Lunatic asylums in Bengal annual reports 1912-1924 - 1912-1924
Year: 1912
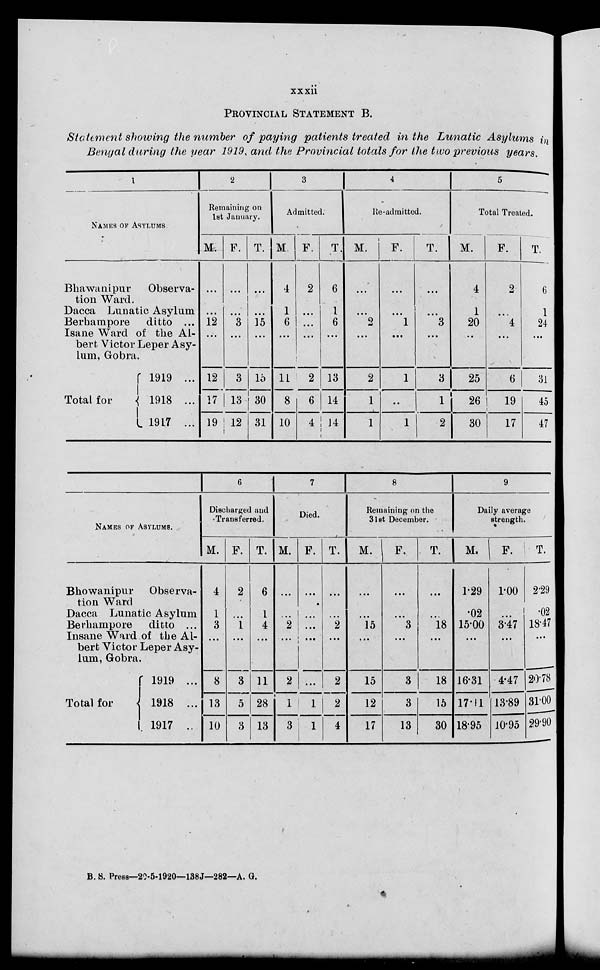
xxxii
PROVINCIAL STATEMENT B.
Statement showing the number of paying patients treated in the Lunatic Asylums in
Bengal during the year 1919, and the Provincial totals for the two previous years.
1
NAMES OF ASYLUMS
Bhawanipur
Observa-
tion Ward.
Dacca Lunatic Asylum
Berhampore
ditto ...
Isane Ward of the Al-
bert Victor Leper Asy-
lum, Gobra.
Total for
1919 ...
1918 ...
1917 ...
2
Remaining on
1st January.
M
...
...
12
...
12
17
19
F.
...
...
3
...
3
13
12
T.
...
...
15
...
15
30
31
3
Admitted.
M
4
1
6
...
11
8
10
F.
2
...
...
...
2
6
4
T.
6
1
6
...
13
14
14
4
Re-admitted.
M.
...
...
2
...
2
1
1
F.
...
...
1
...
1
...
1
T.
...
...
3
...
3
1
2
5
Total Treated.
M.
4
1
20
...
25
26
30
F.
2
...
4
...
6
19
17
T.
6
1
24
...
31
45
47
NAMES OF ASYLUMS.
Bbowanipur
Observa-
tion Ward
Dacca Lunatic Asylum
Berbampore
ditto ...
Insane Ward of the Al-
bert Victor Leper Asy-
lum, Gobra.
Total for
1919 ...
1918 ...
1917 ...
6
Discharged and
Transferred.
M.
4
1
3
...
8
13
10
F.
2
...
1
...
3
5
3
T.
6
1
4
...
11
28
13
7
Died.
M.
...
...
2
...
2
1
3
F.
...
...
. ...
...
...
1
1
T.
...
...
2
. ...
2
2
4
8
Remaining on the
31st December.
M.
...
...
15
...
15
12
17
F.
...
...
3
...
3
3
13
T.
...
...
18
...
18
15
30
9
Daily average
strength.
M.
1.29
.02
15.00
...
16.31
17.11
18.95
F.
1.00
...
3.47
...
4.47
13.89
10.95
T.
2.29
.02
18.47
...
20.78
31.00
29.90
B. S. Press—20-5-1920—138J—282—A.G.